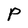
Character: P